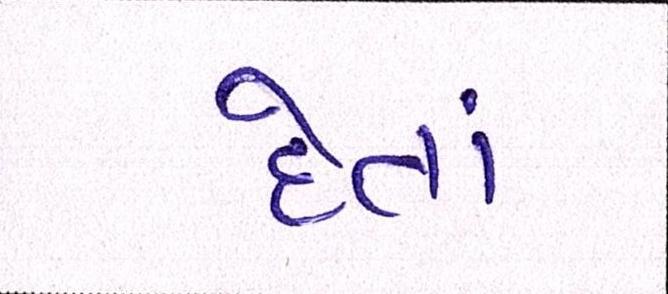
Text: દેતાં